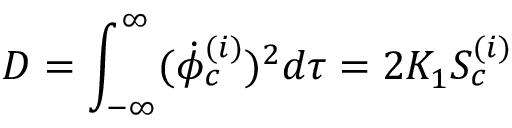
D = \int _ { - \infty } ^ { \infty } ( { \dot { \phi } } _ { c } ^ { ( i ) } ) ^ { 2 } d \tau = 2 K _ { 1 } S _ { c } ^ { ( i ) }